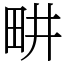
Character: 畊